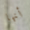
أنها